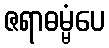
ဇရာဓမ္မံပေ